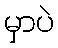
မှာပဲ